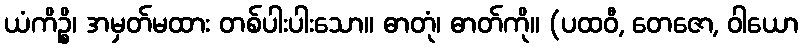
ယံကိဉ္စိ၊ အမှတ်မထား တစ်ပါးပါးသော။ ဓာတုံ၊ ဓာတ်ကို။ (ပထဝီ, တေဇော, ဝါယော